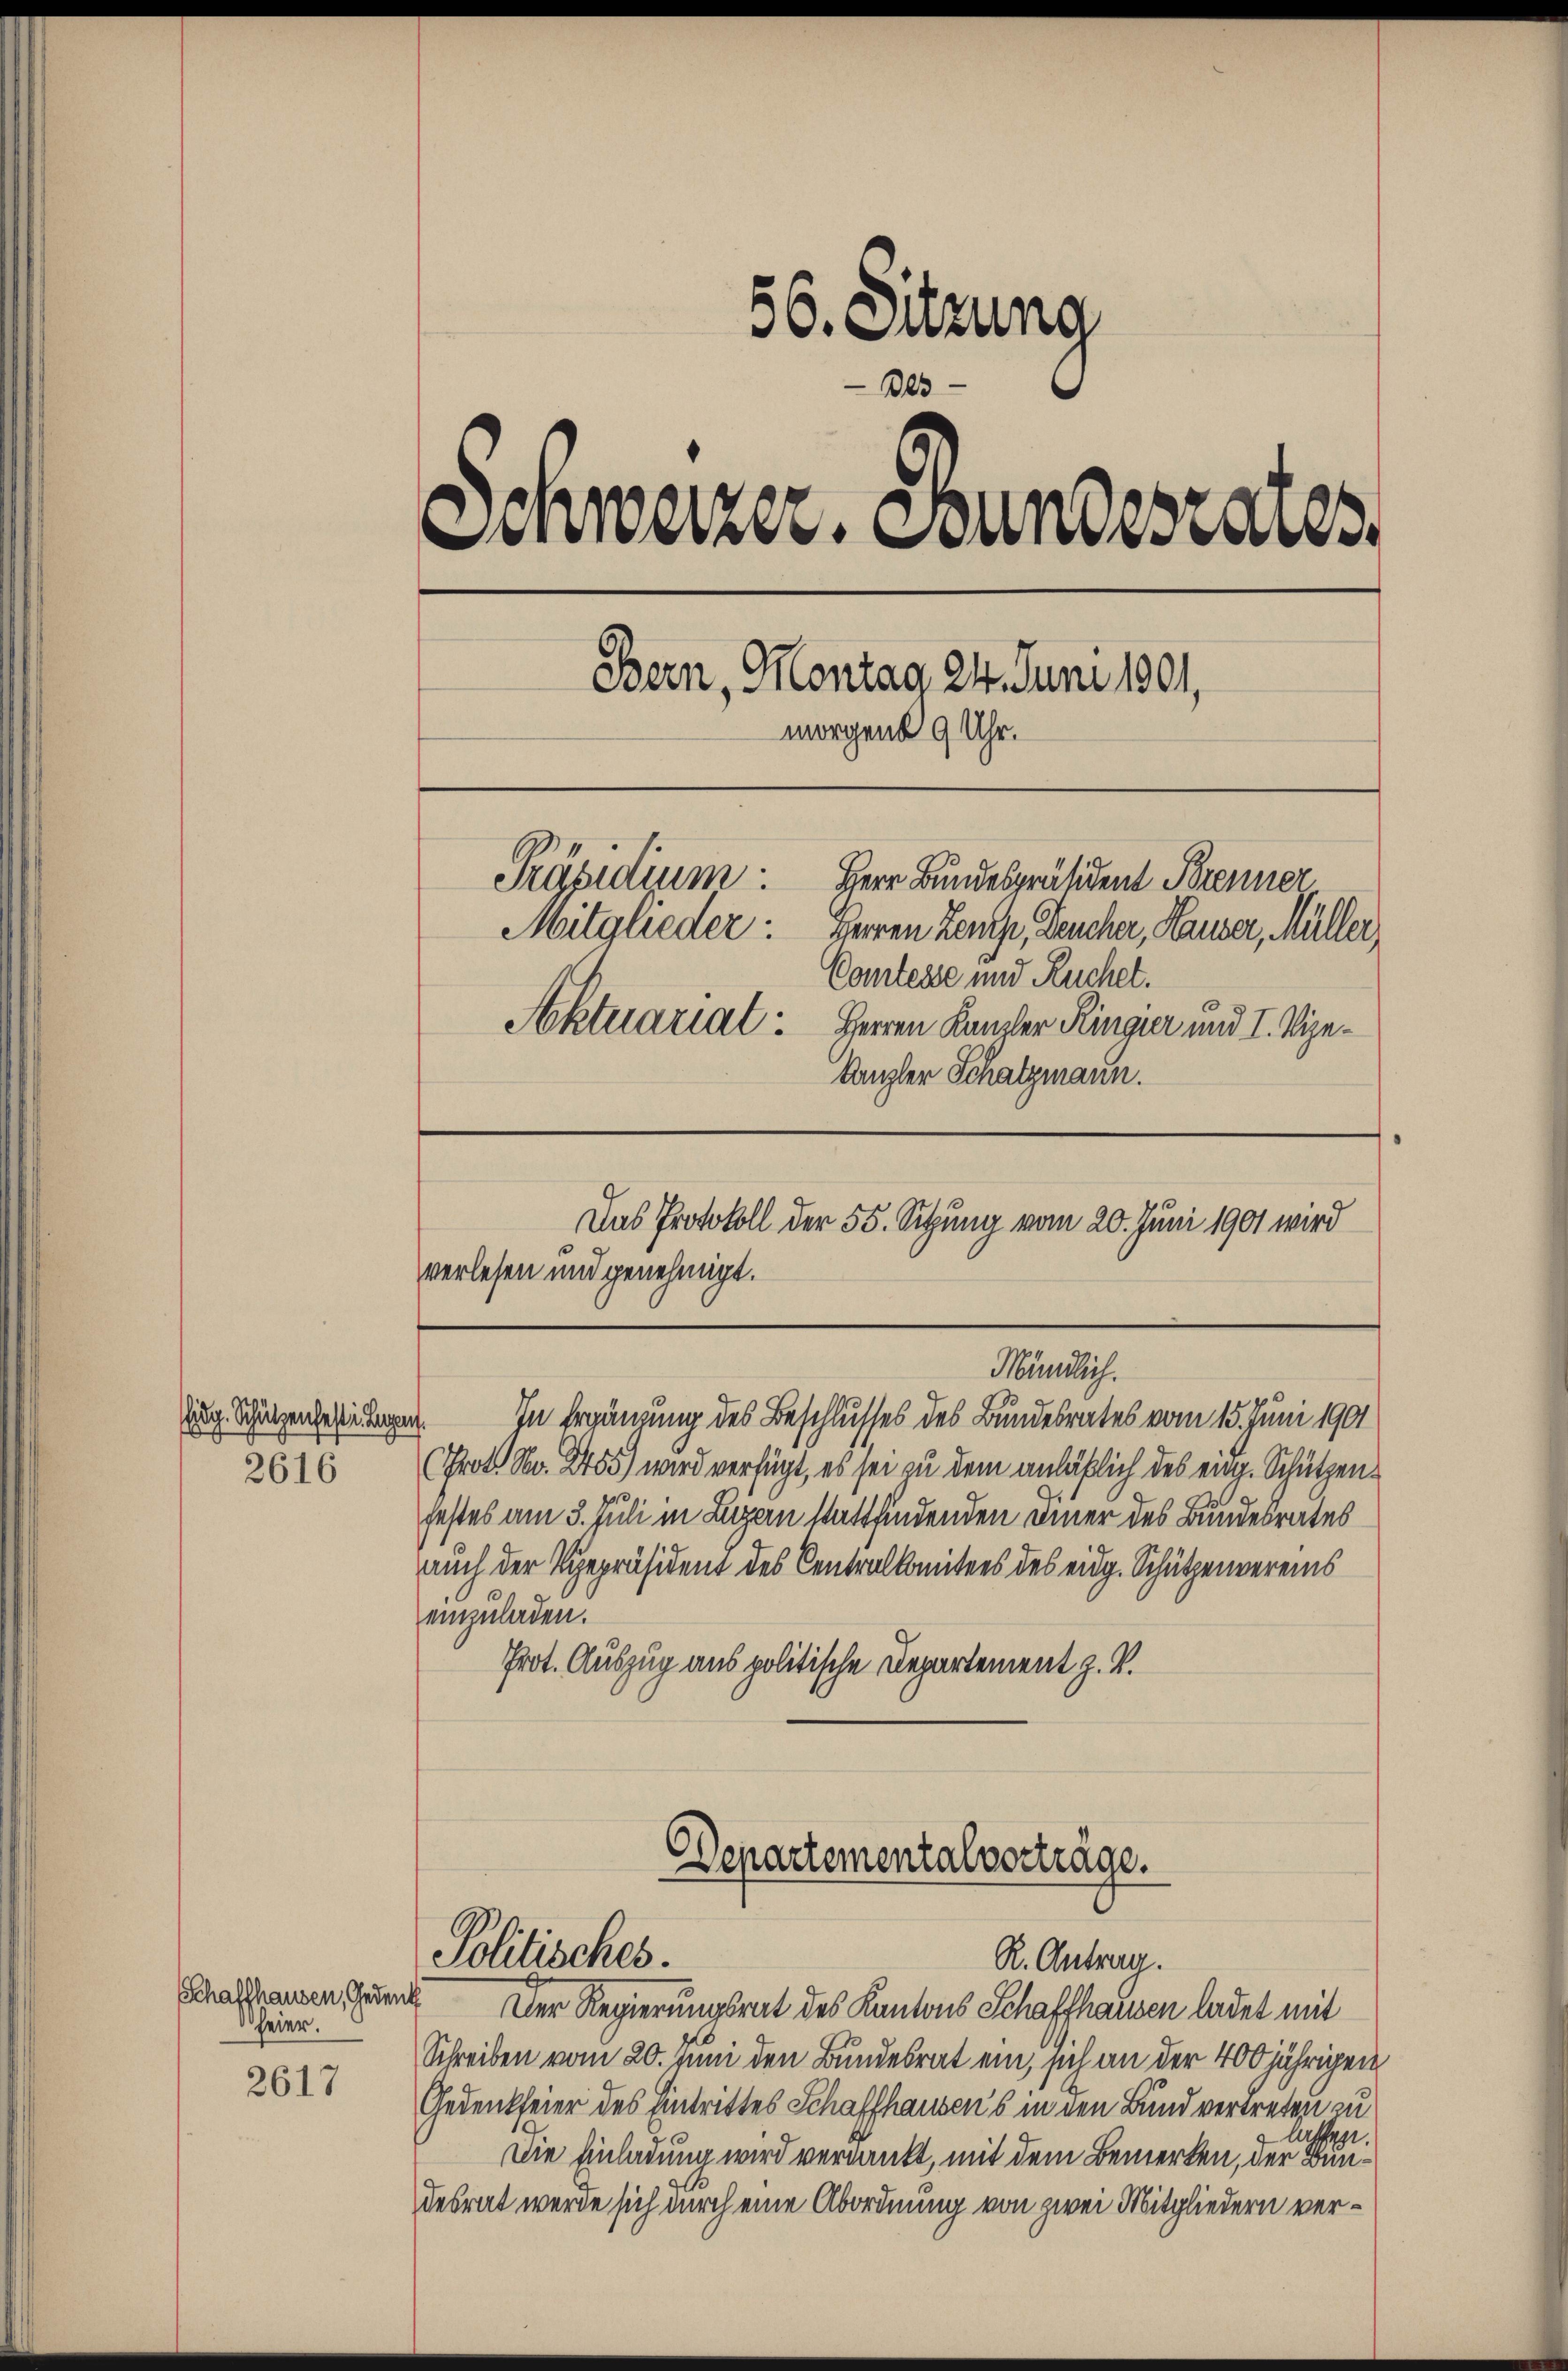
Eidg. Schützenfeste Lage
2616

Schaffhausen, Gedenk
feier.

2617

56. Sitzung
Des
Schweizer. Stundesrates,
Bern, Montag 24. Juni 1901,
morgend 9 Uhr.
Präsidium.
Herr Bundespräsident Brenner
Mitglieder: Herren Lenz, Deucher, Hauser, Müller,
Comtesse und Ruchet.
Aktuariat: Herren Kanzler Ringier und I. Vize¬
Kanzler Schatzmann.
Das Protokoll der 55. Sitzung vom 20. Juni 1901 wird
verlesen und genehmigt.

a

(Prot. No. 2455) wird verfügt, es sei zu dem anläßlich des eing. Schützenfestes am 3. Juli in Luzern stattfindenden Diner des Bundesrates
auch der Vizepräsident des Centralkomitees des eidg. Schützenvereins
einzuladen.
Prot. Auszug aus politische Departement z. V.

Departementalverträge.
Politisches.
R. Antrag.
Der Regierungsrat des Kantons Schaffhausen ladet mit

Schreiben vom 20. Juni den Bundesrat ein, sich an der 400 jährigen
Gedenkfeier des Eintrittes Schaffhausens in den Bund vertreten zu
lassen.
Die Einladung wird verdankt, mit dem Bemerken, der Bundesrat werde sich durch eine Abordnung von zwei Mitgliedern ver¬

Mändlich.
In Ergänzung des Beschlusses des Bundesrates vom 15. Juni 1901